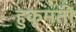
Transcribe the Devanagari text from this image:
हुकूमती